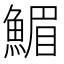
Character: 𩹪